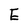
Character: E